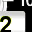
Digit: 2